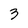
Character: 3